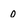
Character: 0